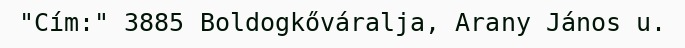
"Cím:" 3885 Boldogkőváralja, Arany János u.